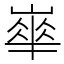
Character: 𡼀